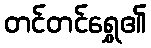
တင်တင်ရွှေ၏